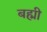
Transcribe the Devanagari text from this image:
बह्मी